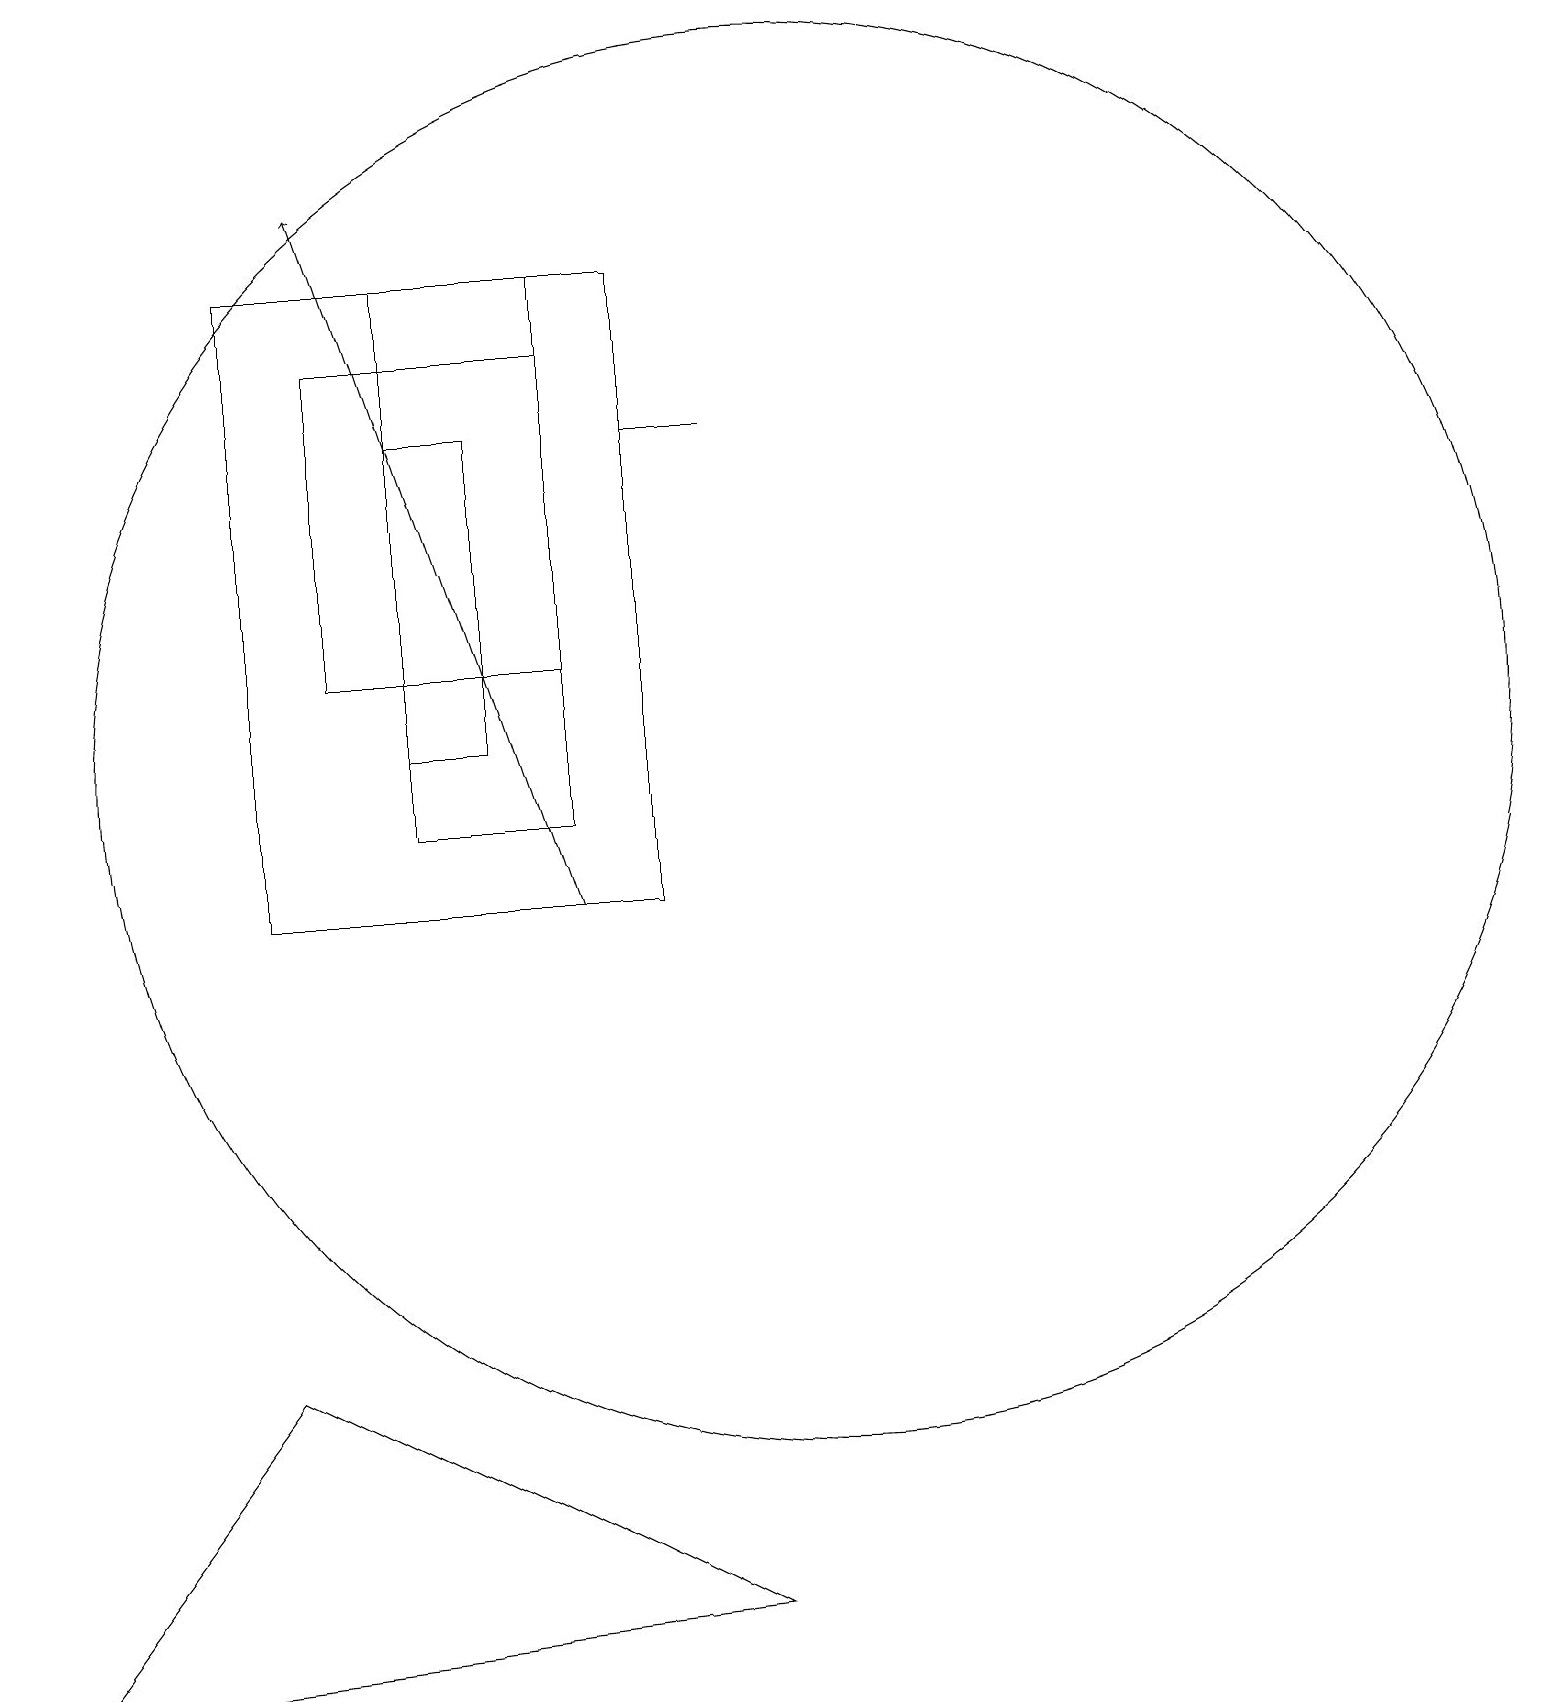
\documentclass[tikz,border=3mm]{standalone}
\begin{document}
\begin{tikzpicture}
\draw (0,0) -- (3,4) -- (9,1) -- cycle;
\draw (10,12) circle (9);
\draw[->] (7,10) -- (4,19);
\draw (4,13) rectangle (7,17);
\draw (3,18) rectangle (8,10);
\draw (9,16) rectangle (8,16);
\draw (5,12) rectangle (6,16);
\draw (5,11) rectangle (7,18);
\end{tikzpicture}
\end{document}